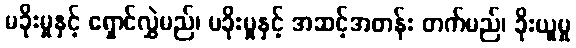
မခိုးမှုနှင့် ရှောင်လွှဲမည်၊ မခိုးမှုနှင့် အဆင့်အတန်း တက်မည်၊ ခိုးယူမှု